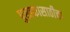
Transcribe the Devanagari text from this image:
पुस्तकासाठीचा